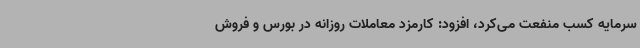
سرمایه کسب منفعت می‌کرد، افزود: کارمزد معاملات روزانه در بورس و فروش